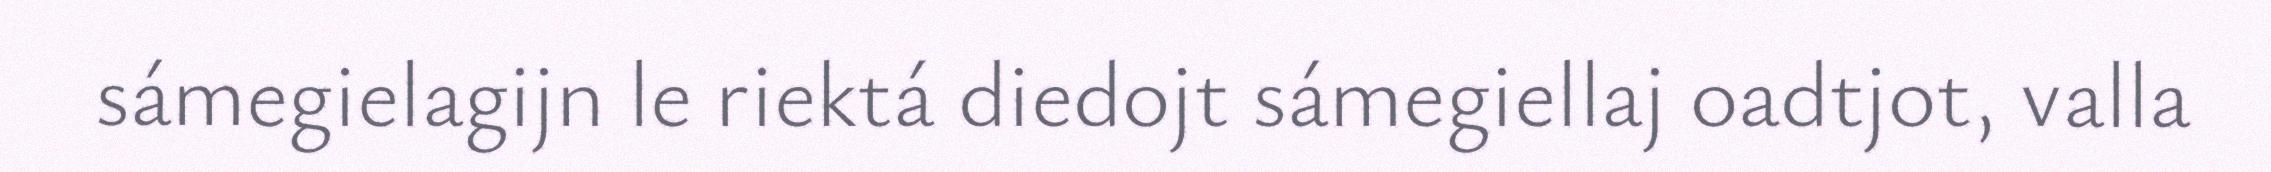
sámegielagijn le riektá diedojt sámegiellaj oadtjot, valla